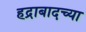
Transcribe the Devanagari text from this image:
हद्राबादच्या